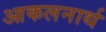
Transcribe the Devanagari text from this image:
आकलनार्थ